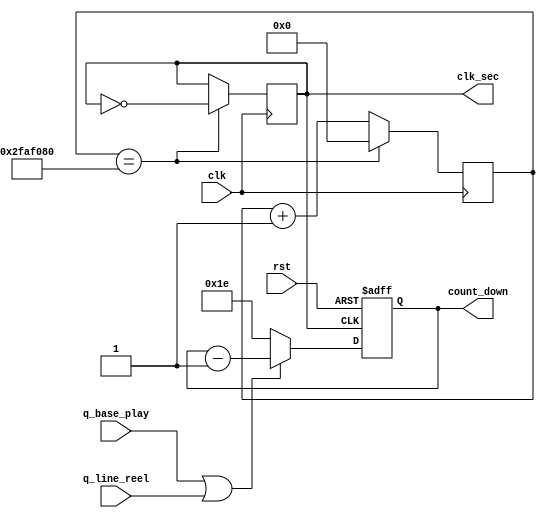
`timescale 1ns / 1ps

module fish_timer(
    input clk,  
    output reg clk_sec,
    output reg [15:0] count_down,
    input q_base_play,
    input q_line_reel,
    input rst
);

reg [64:0] count; 

always @(posedge clk) begin
    if (count == 50000000) begin  
        clk_sec <= ~clk_sec;      
        count <= 0;             
    end else begin
        count <= count + 1;    
    end
end

always @(posedge clk_sec, posedge rst) begin
    if (rst)
        count_down <= 30;
    else begin
        if (q_base_play || q_line_reel) begin
            count_down <= count_down - 1;
        end
        else begin
            count_down <= 30;
        end
    end
end


endmodule